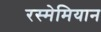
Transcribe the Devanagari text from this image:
रस्मेमियान